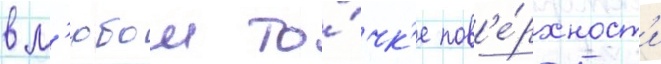
в л'юбои то́чк'е пов'е́рхност'и